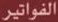
الفواتير